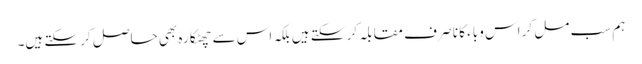
ہم سب مل کر اس وباء کا نا صر ف مقابلہ کر سکتے ہیں بلکہ اس سے چھٹکارہ بھی حاصل کر سکتے ہیں۔